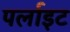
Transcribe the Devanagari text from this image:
पर्लाइट